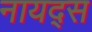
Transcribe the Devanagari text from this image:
नायद्स